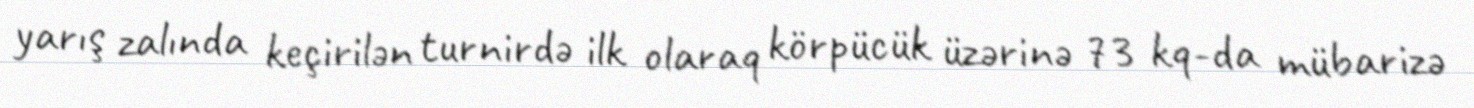
yarış zalında keçirilən turnirdə ilk olaraq körpücük üzərinə 73 kq-da mübarizə